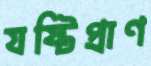
যষ্টিপ্রাণ